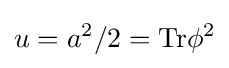
u=a^{2}/2=\mathrm {Tr} \phi ^{2}